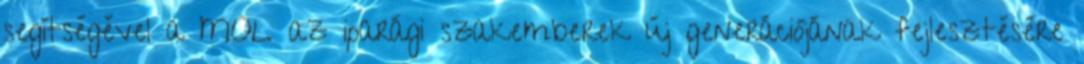
segítségével a MOL az iparági szakemberek új generációjának fejlesztésére